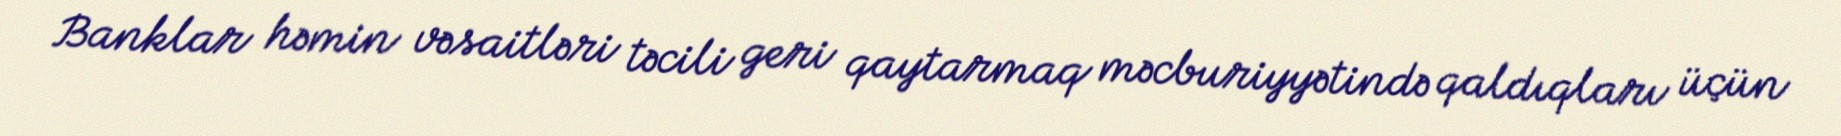
Banklar həmin vəsaitləri təcili geri qaytarmaq məcburiyyətində qaldıqları üçün